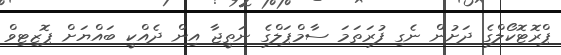
ޕްރޮޓޮކޯލްގެ ދަށުން ނެގި ފުރަތަމަ ސާމްޕަލްގެ ނަތީޖާ އިން ދެއްކީ ބައްޔަށް ޕޮޒިޓިވް